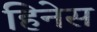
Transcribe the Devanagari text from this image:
हिनेस